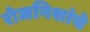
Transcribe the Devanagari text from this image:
रोजनिशांचे